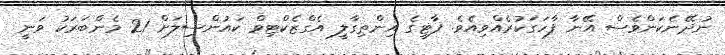
ނުދޭނެކަންވެސް އޭނާ ފާހަގަކުރެއްވިއެވެ. ޕާޓީގެ އިންތިގާލީ އެގްޒެކްޓިވް ކައުންސިލަށް 21 މެންބަރަކު ވަނީ